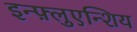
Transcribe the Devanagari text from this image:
इन्फ़्लुएन्शिय